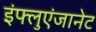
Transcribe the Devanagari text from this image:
इंफ्लुएंजानेट